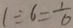
1 \div 6 = \frac { 1 } { 6 }